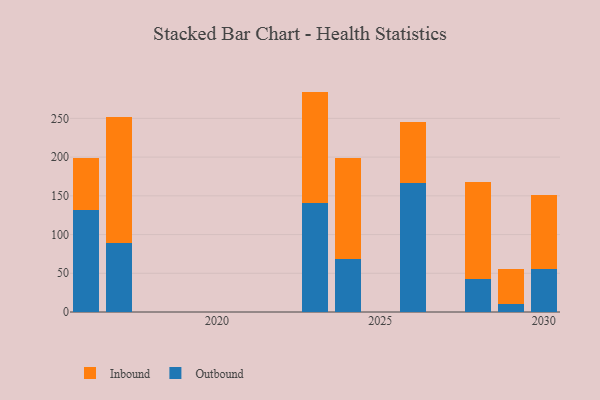
{"axis": {"x": "Year", "y": "Active Users"}, "legend": ["Inbound", "Outbound"], "data": [{"x": "2016", "y": 132.1, "type": "Outbound"}, {"x": "2016", "y": 67.1, "type": "Inbound"}, {"x": "2024", "y": 68.8, "type": "Outbound"}, {"x": "2024", "y": 130.1, "type": "Inbound"}, {"x": "2028", "y": 43.0, "type": "Outbound"}, {"x": "2028", "y": 125.5, "type": "Inbound"}, {"x": "2026", "y": 166.0, "type": "Outbound"}, {"x": "2026", "y": 79.2, "type": "Inbound"}, {"x": "2017", "y": 89.1, "type": "Outbound"}, {"x": "2017", "y": 162.3, "type": "Inbound"}, {"x": "2029", "y": 10.7, "type": "Outbound"}, {"x": "2029", "y": 44.8, "type": "Inbound"}, {"x": "2030", "y": 55.7, "type": "Outbound"}, {"x": "2030", "y": 95.1, "type": "Inbound"}, {"x": "2023", "y": 141.4, "type": "Outbound"}, {"x": "2023", "y": 143.2, "type": "Inbound"}]}